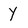
Character: Y